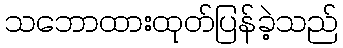
သဘောထားထုတ်ပြန်ခဲ့သည်